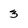
Character: 3